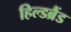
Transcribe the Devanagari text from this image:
हिल्डब्रैंड